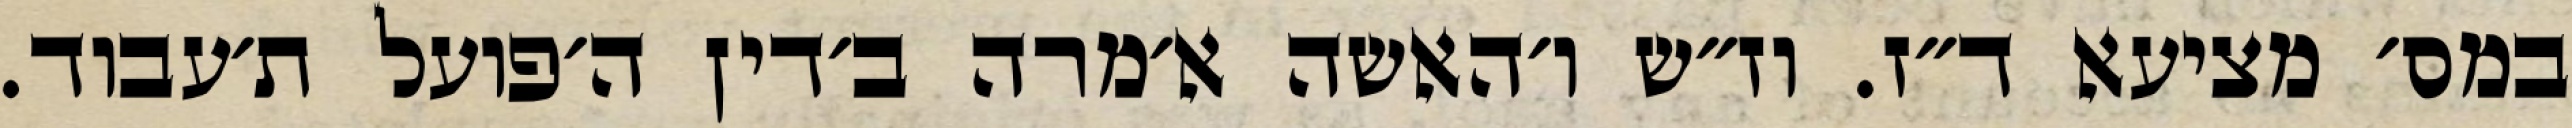
במס׳ מציעא ד״ז. וז״ש ו׳האשה א׳מרה ב׳דין ה׳פועל ת׳עבוד.